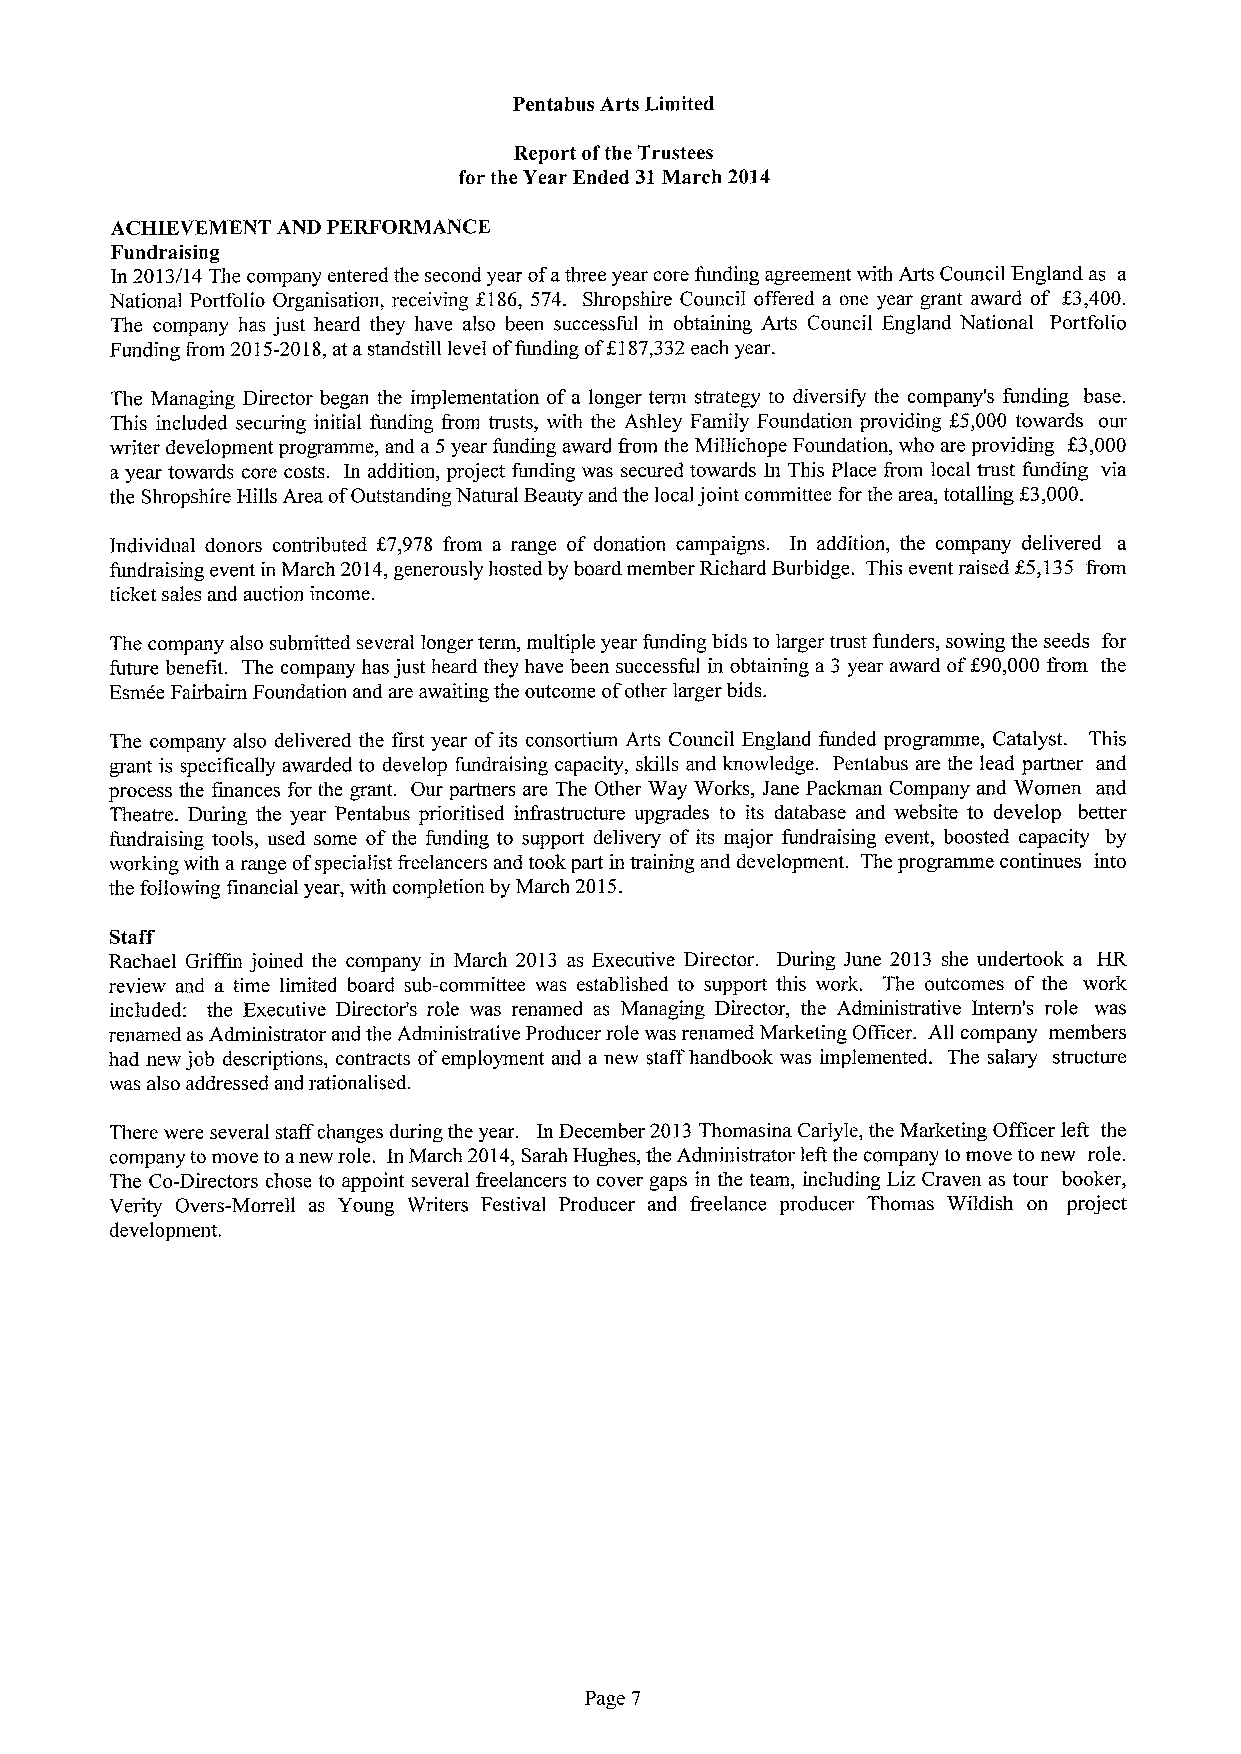
Pentabus Arts Limited
 Report ofthe Trustees
 for the Year Ended 31March 2014
 ACHIEVEMENT AND PERFORMANCE
 Fundraising
 In 2013/14 The company entered the second year ofathree year core funding agreement with Arts Council England as a
 National Portfolio Organisation, receiving f186, 574. Shropshire Council offered a one year grant award of X3,400.
 The company has just heard they have also been successful in obtaining Arts Council England National Portfolio
 Funding Irom 2015-2018,at astandstill level offunding ofK187,332each year.
 The Managing Director began the implementation ofa longer term strategy to diversify the company's funding base.
 This included securing initial funding f'rom trusts, with the Ashley Family Foundation providing K5,000 towards our
 writer development programme, and a 5year funding award &om the Millichope Foundation, who are providing K3,000
 ayear towards core costs. In addition, project funding was secured towards In This Place from local trust funding via
 the Shropshire Hills Area ofOutstanding Natural Beauty and the local joint committee for the area, totalling K3,000
 Individual donors contributed K7,978 from a range of donation campaigns. In addition, the company delivered a
 fundraising event in March 2014,generously hosted by board member Richard Burbidge. This event raised K5,135 f'rom
 ticket sales and auction income.
 The company also submitted several longer term, multiple year funding bids to larger trust funders, sowing the seeds for
 future benefit. The company has just heard they have been successful in obtaining a 3 year award ofK90,000 f'rom the
 Esmee Fairbairn Foundation and are awaiting the outcome ofother larger bids.
 The company also delivered the first year ofits consortium Arts Council England funded programme, Catalyst. This
 grant is specifically awarded to develop fundraising capacity, skills and knowledge. Pentabus are the lead partner and
 process the finances for the grant. Our partners are The Other Way Works, Jane Packman Company and Women and
 Theatre. During the year Pentabus prioritised inf'rastructure upgrades to its database and website to develop better
 fundraising tools, used some ofthe funding to support delivery of its major fundraising event, boosted capacity by
 working with arange ofspecialist Ireelancers and took part in training and development. The programme continues into
 the following financial year, with completion by March 2015.
 Staff
 Rachael Griffin joined the company in March 2013 as Executive Director. During June 2013 she undertook a HR
 review and a time limited board sub-committee was established to support this work. The outcomes of the work
 included: the Executive Director's role was renamed as Managing Director, the Administrative Intern's role was
 renamed as Administrator and the Administrative Producer role was renamed Marketing Officer. All company members
 had new job descriptions, contracts ofemployment and a new staff handbook was implemented. The salary structure
 was also addressed and rationalised.
 There were several staff changes during the year. In December 2013Thomasina Carlyle, the Marketing Officer left the
 company to move to anew role. In March 2014,Sarah Hughes, the Administrator left the company to move to new role.
 The Co-Directors chose to appoint several f'reelancers to cover gaps in the team, including Liz Craven as tour booker,
 Verity Overs-Morrell as Young Writers Festival Producer and freelance producer Thomas Wildish on project
 development.
 Page 7